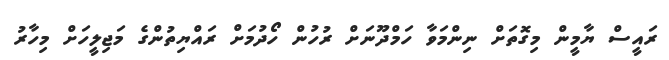
ރައީސް ޔާމީން މިގޮތަށް ނިންމަވާ ހަމްދޫނަށް ރުހުން ހޯދުމަށް ރައްޔިތުންގެ މަޖިލީހަށް މިހާރު